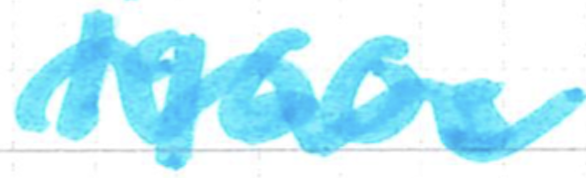
Text: 1960s
Cross-out: wave
Writing tool: marker